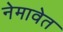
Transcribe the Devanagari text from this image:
नेमावेत